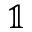
\mathbb { 1 }